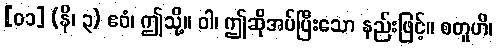
[၀၁] (နိ၊ ၃) ဧဝံ၊ ဤသို့။ ဝါ၊ ဤဆိုအပ်ပြီးသော နည်းဖြင့်။ စတူဟိ၊